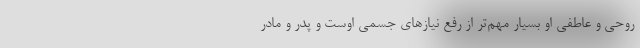
روحی و عاطفی او بسیار مهم‌تر از رفع نیازهای جسمی اوست و پدر و مادر